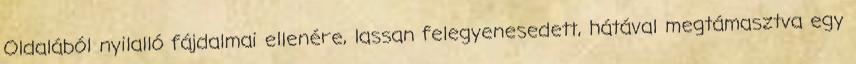
Oldalából nyilalló fájdalmai ellenére, lassan felegyenesedett, hátával megtámasztva egy